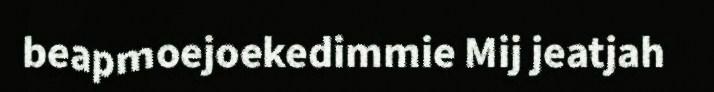
beapmoejoekedimmie Mij jeatjah